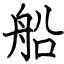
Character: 船